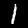
Digit: 1